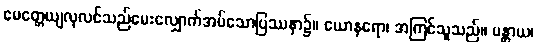
မေတ္တေယျလုလင်သည်မေးလျှောက်အပ်သောပြဿနာ၌။ ယောနရော၊ အကြင်သူသည်။ မန္တာယ၊